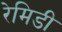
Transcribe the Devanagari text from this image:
रेमिडी